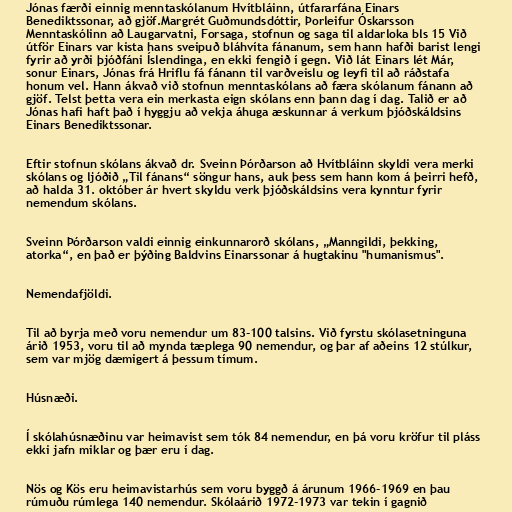
Jónas færði einnig menntaskólanum Hvítbláinn, útfararfána Einars
Benediktssonar, að gjöf.Margrét Guðmundsdóttir, Þorleifur Óskarsson
Menntaskólinn að Laugarvatni, Forsaga, stofnun og saga til aldarloka bls 15 Við
útför Einars var kista hans sveipuð bláhvíta fánanum, sem hann hafði barist lengi
fyrir að yrði þjóðfáni Íslendinga, en ekki fengið í gegn. Við lát Einars lét Már,
sonur Einars, Jónas frá Hriflu fá fánann til varðveislu og leyfi til að ráðstafa
honum vel. Hann ákvað við stofnun menntaskólans að færa skólanum fánann að
gjöf. Telst þetta vera ein merkasta eign skólans enn þann dag í dag. Talið er að
Jónas hafi haft það í hyggju að vekja áhuga æskunnar á verkum þjóðskáldsins
Einars Benediktssonar.

Eftir stofnun skólans ákvað dr. Sveinn Þórðarson að Hvítbláinn skyldi vera merki
skólans og ljóðið „Til fánans“ söngur hans, auk þess sem hann kom á þeirri hefð,
að halda 31. október ár hvert skyldu verk þjóðskáldsins vera kynntur fyrir
nemendum skólans.

Sveinn Þórðarson valdi einnig einkunnarorð skólans, „Manngildi, þekking,
atorka“, en það er þýðing Baldvins Einarssonar á hugtakinu "humanismus".

Nemendafjöldi.

Til að byrja með voru nemendur um 83-100 talsins. Við fyrstu skólasetninguna
árið 1953, voru til að mynda tæplega 90 nemendur, og þar af aðeins 12 stúlkur,
sem var mjög dæmigert á þessum tímum.

Húsnæði.

Í skólahúsnæðinu var heimavist sem tók 84 nemendur, en þá voru kröfur til pláss
ekki jafn miklar og þær eru í dag.

Nös og Kös eru heimavistarhús sem voru byggð á árunum 1966-1969 en þau
rúmuðu rúmlega 140 nemendur. Skólaárið 1972-1973 var tekin í gagnið